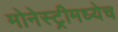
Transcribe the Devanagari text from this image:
मोनेस्ट्रीमध्येच